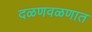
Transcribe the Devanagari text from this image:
दळणवळणात